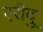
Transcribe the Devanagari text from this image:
एरीदु